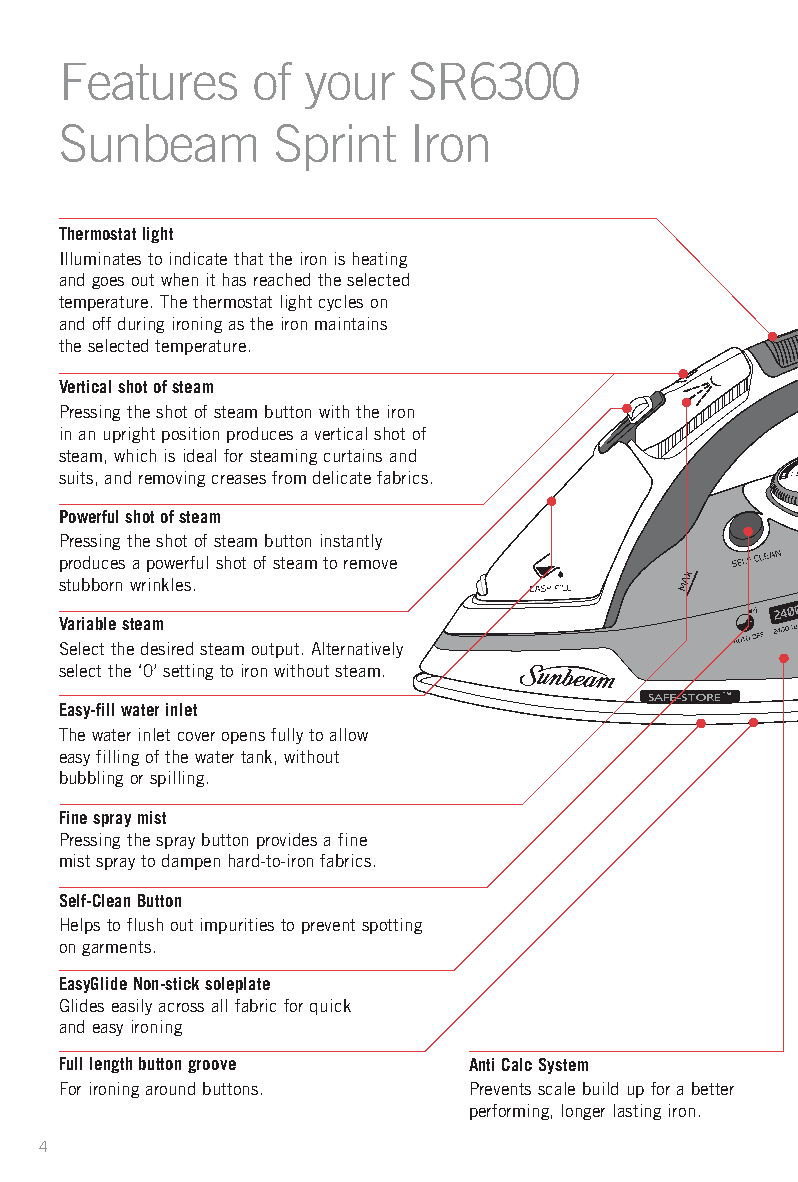
Features     of your   SR6300
 Sunbeam       Sprint   Iron
 Thermostat light
 Illuminates to indicate that the iron is heating
 and goes out when it has reached the selected
 temperature. The thermostat light cycles on
 and off during ironing as the iron maintains
 the selected temperature.
 Vertical shot of steam
 Pressing the shot of steam button with the iron
 in an upright position produces a vertical shot of
 steam, which is ideal for steaming curtains and
 suits, and removing creases from delicate fabrics.
 Powerful shot of steam
 Pressing the shot of steam button instantly
 produces a powerful shot of steam to remove
 stubborn wrinkles.
 Variable steam
 Select the desired steam output. Alternatively
 select the ‘0’ setting to iron without steam.
 Easy-fill water inlet
 The water inlet cover opens fully to allow
 easy filling of the water tank, without
 bubbling or spilling.
 Fine spray mist
 Pressing the spray button provides a fine
 mist spray to dampen hard-to-iron fabrics.
 Self-Clean Button
 Helps to flush out impurities to prevent spotting
 on garments.
 EasyGlide Non-stick soleplate
 Glides easily across all fabric for quick
 and easy ironing
 Full length button groove  Anti Calc System
 For ironing around buttons. Prevents scale build up for a better
 performing, longer lasting iron.
 4